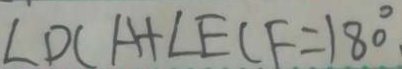
\angle D C A + \angle E C F = 1 8 0 ^ { \circ } .